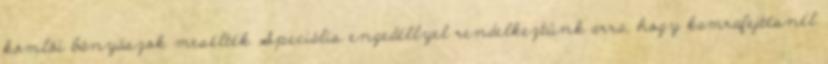
komlói bányászok mesélték Speciális engedéllyel rendelkeztünk arra, hogy kamrafejtésnél